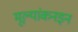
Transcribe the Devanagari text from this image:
मूल्यांकनइन